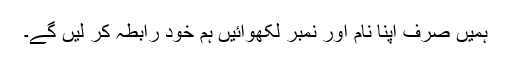
ہمیں صرف اپنا نام اور نمبر لکھوائیں ہم خود رابطہ کر لیں گے۔